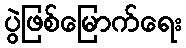
ပွဲဖြစ်မြောက်ရေး